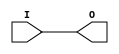
module IBUF_LVCMOS25 (O, I);

    output O;

    input  I;

	buf B1 (O, I);


endmodule